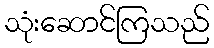
သုံးဆောင်ကြသည်